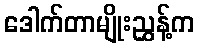
ဒေါက်တာမျိုးညွှန့်က